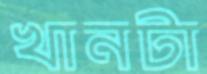
খানটা